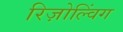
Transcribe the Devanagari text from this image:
रिज़ोल्विंग